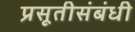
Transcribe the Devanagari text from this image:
प्रसूतीसंबंधी